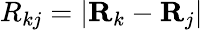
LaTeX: R_{kj}=\left|\textbf{R}_{k}-\textbf{R}_{j}\right|